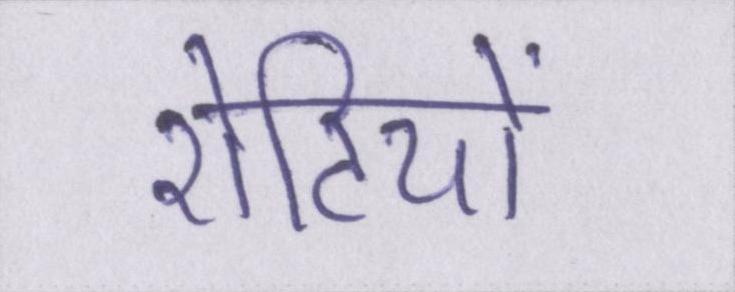
रोटियों